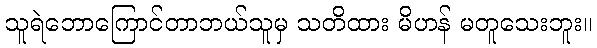
သူရဲဘောကြောင်တာဘယ်သူမှ သတိထား မိဟန် မတူသေးဘူး။